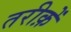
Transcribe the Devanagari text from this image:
तरीक़ें